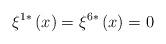
LaTeX: \begin{align*}\xi ^{1*}\left( x\right) =\xi ^{6*}\left( x\right) =0 \end{align*}